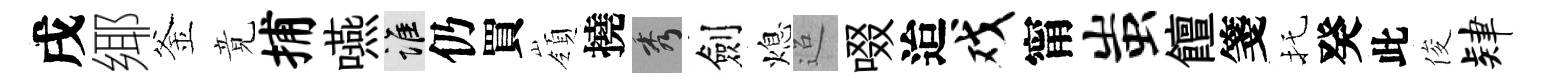
戌鄊釜竟捕嚥誰仍買嶺撓秀劍熄迢啜迨戏甯蚩饘箋托癸此俊肄